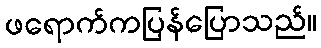
ဖရောက်ကပြန်ပြောသည်။